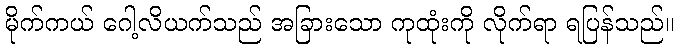
မိုက်ကယ် ဂေါ့လိယက်သည် အခြားသော ကုထုံးကို လိုက်ရာ ရပြန်သည်။